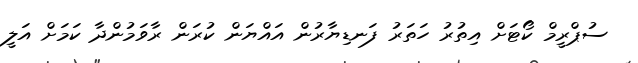
ސުޕްރީމް ކޯޓަށް އިތުރު ހަތަރު ފަނޑިޔާރުން އައްޔަން ކުރަން ރާވަމުންދާ ކަމަށް އަލީ